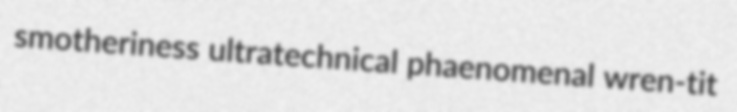
smotheriness ultratechnical phaenomenal wren-tit